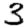
Digit: 3